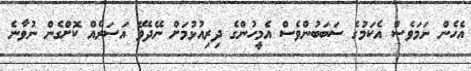
އެހެން ނަމަވެސް އެކަމުގެ ސަބަބުންވެސް އެމީހުންގެ ދިރިއުޅުމަށް ނޭދެވޭ އަސަރެއް ކޮށްގެން ނުވާނެ